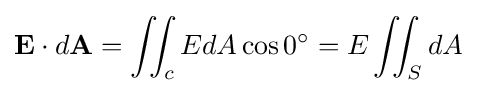
\mathbf {E} \cdot d\mathbf {A} =\iint _{c}EdA\cos 0^{\circ }=E\iint _{S}dA